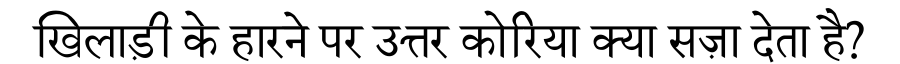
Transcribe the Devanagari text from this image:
खिलाड़ी के हारने पर उत्तर कोरिया क्या सज़ा देता है?